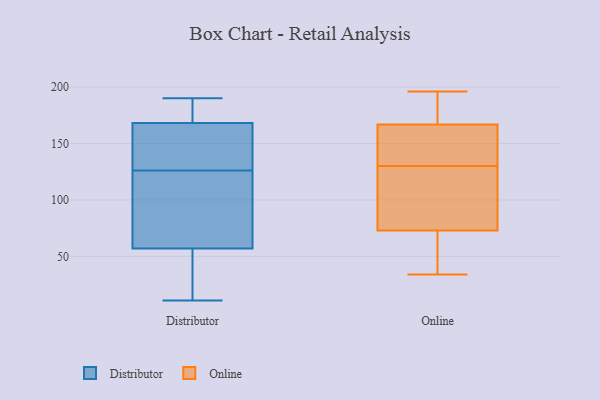
{"axis": {"x": "Humidity (%)", "y": "Value"}, "legend": ["Distributor", "Online"], "data": [{"x": "", "y": 154, "type": "Distributor"}, {"x": "", "y": 110, "type": "Distributor"}, {"x": "", "y": 75, "type": "Distributor"}, {"x": "", "y": 173, "type": "Distributor"}, {"x": "", "y": 190, "type": "Distributor"}, {"x": "", "y": 183, "type": "Distributor"}, {"x": "", "y": 126, "type": "Distributor"}, {"x": "", "y": 16, "type": "Distributor"}, {"x": "", "y": 132, "type": "Distributor"}, {"x": "", "y": 55, "type": "Distributor"}, {"x": "", "y": 128, "type": "Distributor"}, {"x": "", "y": 30, "type": "Distributor"}, {"x": "", "y": 173, "type": "Distributor"}, {"x": "", "y": 176, "type": "Distributor"}, {"x": "", "y": 104, "type": "Distributor"}, {"x": "", "y": 52, "type": "Distributor"}, {"x": "", "y": 128, "type": "Distributor"}, {"x": "", "y": 63, "type": "Distributor"}, {"x": "", "y": 11, "type": "Distributor"}, {"x": "", "y": 196, "type": "Online"}, {"x": "", "y": 150, "type": "Online"}, {"x": "", "y": 52, "type": "Online"}, {"x": "", "y": 107, "type": "Online"}, {"x": "", "y": 173, "type": "Online"}, {"x": "", "y": 172, "type": "Online"}, {"x": "", "y": 113, "type": "Online"}, {"x": "", "y": 104, "type": "Online"}, {"x": "", "y": 178, "type": "Online"}, {"x": "", "y": 192, "type": "Online"}, {"x": "", "y": 65, "type": "Online"}, {"x": "", "y": 130, "type": "Online"}, {"x": "", "y": 140, "type": "Online"}, {"x": "", "y": 61, "type": "Online"}, {"x": "", "y": 151, "type": "Online"}, {"x": "", "y": 136, "type": "Online"}, {"x": "", "y": 97, "type": "Online"}, {"x": "", "y": 52, "type": "Online"}, {"x": "", "y": 34, "type": "Online"}]}